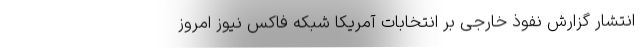
انتشار گزارش نفوذ خارجی بر انتخابات آمریکا شبکه فاکس‌ نیوز امروز